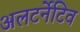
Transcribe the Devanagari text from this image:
अलटर्नेटिव